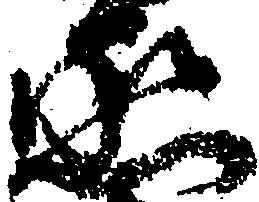
丞